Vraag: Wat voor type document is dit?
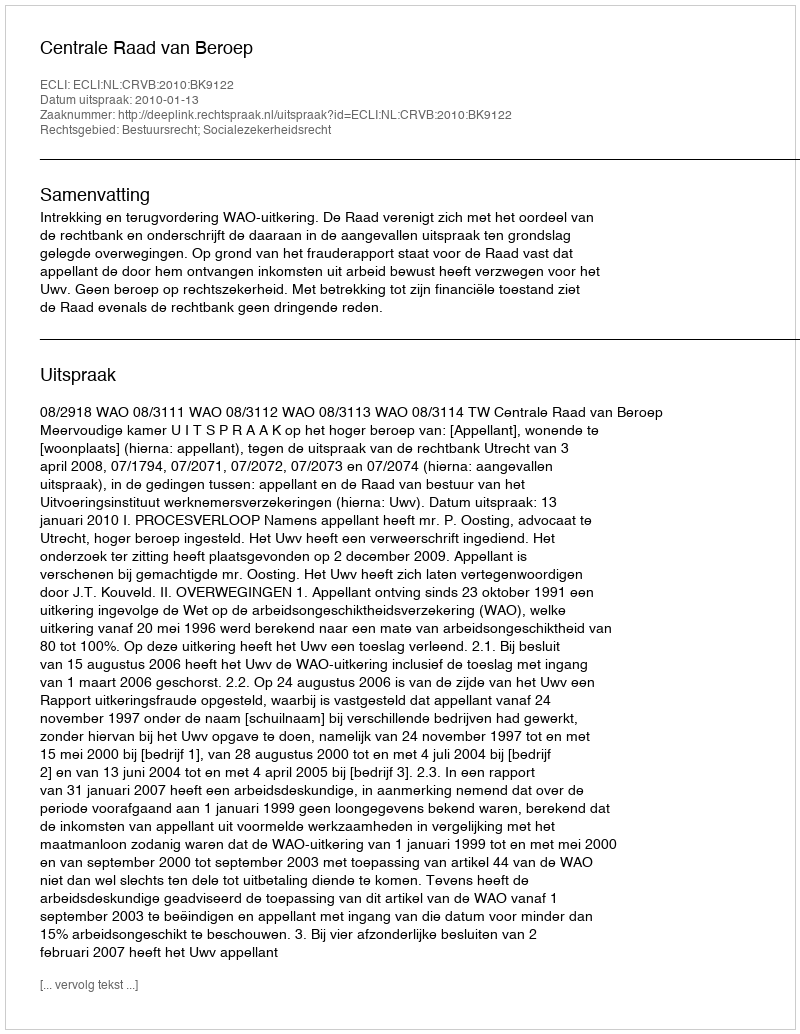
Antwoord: Uitspraak